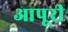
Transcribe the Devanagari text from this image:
आपूरी